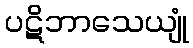
ပဋိဘာသေယျုံ